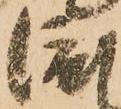
渡